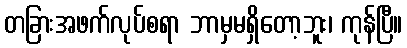
တခြားအဖက်လုပ်စရာ ဘာမှမရှိတော့ဘူး၊ ကုန်ပြီ။